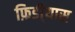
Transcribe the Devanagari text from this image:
फ़िडी्यास